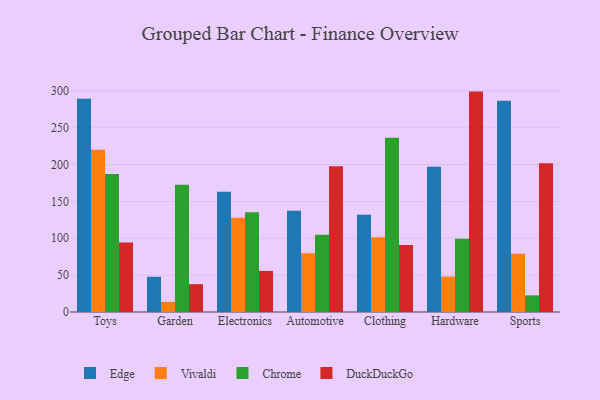
{"axis": {"x": "Category", "y": "Demand Index"}, "legend": ["Chrome", "DuckDuckGo", "Edge", "Vivaldi"], "data": [{"x": "Toys", "y": 289.4, "type": "Edge"}, {"x": "Toys", "y": 220.0, "type": "Vivaldi"}, {"x": "Toys", "y": 187.1, "type": "Chrome"}, {"x": "Toys", "y": 94.2, "type": "DuckDuckGo"}, {"x": "Garden", "y": 47.8, "type": "Edge"}, {"x": "Garden", "y": 13.8, "type": "Vivaldi"}, {"x": "Garden", "y": 172.5, "type": "Chrome"}, {"x": "Garden", "y": 37.7, "type": "DuckDuckGo"}, {"x": "Electronics", "y": 163.3, "type": "Edge"}, {"x": "Electronics", "y": 127.8, "type": "Vivaldi"}, {"x": "Electronics", "y": 135.2, "type": "Chrome"}, {"x": "Electronics", "y": 55.7, "type": "DuckDuckGo"}, {"x": "Automotive", "y": 137.2, "type": "Edge"}, {"x": "Automotive", "y": 79.8, "type": "Vivaldi"}, {"x": "Automotive", "y": 104.9, "type": "Chrome"}, {"x": "Automotive", "y": 197.7, "type": "DuckDuckGo"}, {"x": "Clothing", "y": 131.9, "type": "Edge"}, {"x": "Clothing", "y": 101.4, "type": "Vivaldi"}, {"x": "Clothing", "y": 236.4, "type": "Chrome"}, {"x": "Clothing", "y": 91.0, "type": "DuckDuckGo"}, {"x": "Hardware", "y": 197.0, "type": "Edge"}, {"x": "Hardware", "y": 48.0, "type": "Vivaldi"}, {"x": "Hardware", "y": 99.5, "type": "Chrome"}, {"x": "Hardware", "y": 299.0, "type": "DuckDuckGo"}, {"x": "Sports", "y": 286.7, "type": "Edge"}, {"x": "Sports", "y": 79.1, "type": "Vivaldi"}, {"x": "Sports", "y": 22.6, "type": "Chrome"}, {"x": "Sports", "y": 201.7, "type": "DuckDuckGo"}]}